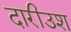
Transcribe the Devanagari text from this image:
दारीउश